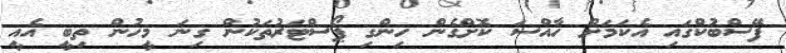
ފޭސްބުކްގައި އެކަމަށް ހާއްސަ ކޮށްގެން ހިންގި ޕޯސްޓަރުތަކުން ގިނަ މީހުން ތިބީ އެއީ